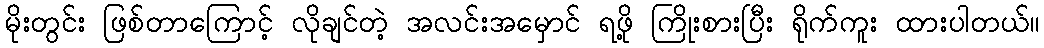
မိုးတွင်း ဖြစ်တာကြောင့် လိုချင်တဲ့ အလင်းအမှောင် ရဖို့ ကြိုးစားပြီး ရိုက်ကူး ထားပါတယ်။